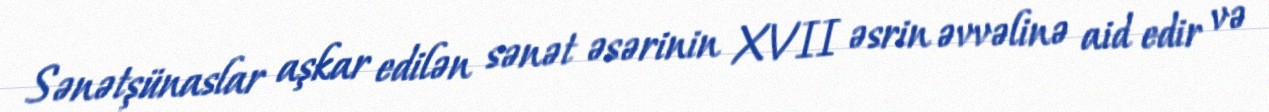
Sənətşünaslar aşkar edilən sənət əsərinin XVII əsrin əvvəlinə aid edir və